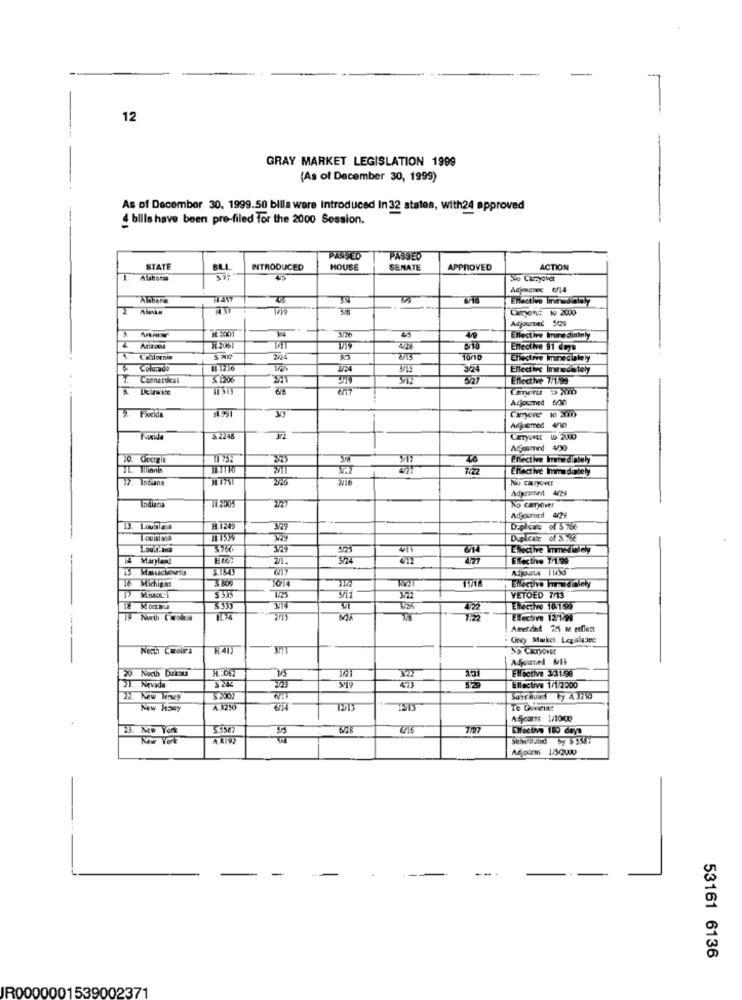
12
GRAY MARKET LEGISLATION 1999
(As of December 30, 1999)
As of December 30, 1999.50 blila were Introduced In 32 states, with24 approved
bills have been pre-filed for the 2000 Session.
PASSED
PASSED
STATE
INTRODUCED
HOUSE
SENATE
APPROVED
ACTION
Abbana
45
Nio Carryover
Adjonanec 6/74
Alnbond
11:447
Elective Immediately
38
Camyon: 1 2040
Adjourned 529
3
40
Ellective Immediately
7 2061
4426
Enective 11 drys
Colorni
Torio
Elective Immediately
Colorado
11- 1236
3/15
324
Effective Immediately
Connerocal
Effective 7/1.95
Delaware
Adjourned 6/00
39
Camyore 10 200
3.2248
Agjosmed 4/30
30.
Enective Immediately
Ehlactive Immediately
12- Indiana
2/16
No CaryoYET
Indiana
No carryover
Adjourned 4429
13. LouSiaA
M 1247
3.29
Duplicate of $ 76€
Louisiana
Duplicate of S .: 62
Elective Immedwiely
14 Maryland
21.
412
4/27
Effective 1/199
Te Michigan
ENtocilve Iwcibleły
$335
VETOED 7/13
la Montana
314
Elective 10159
19 Nucth & wrola
122
Effective 12/1 91
Amended 225 se refiest
Cindy Market Legislative
Noch Carolina
H41J
No Cargovet
Adjoined MI
Elfactive 331.95
20 North Dukou
131
21. Nevada
$ 242
223
473
Ellective 1/1/2000
22 New Jersey
3.200)
Mw HaRy
A 3216
To Guneine
Adjcares 1/1000
716
Kowe VOTE
AKIW
Subaruted by $5567
Acjoures 1/50000
53161 6136
IR0000001539002371